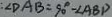
\angle D A B = 9 0 ^ { \circ } - \angle A B D